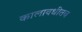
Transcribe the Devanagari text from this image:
कालावधीतच